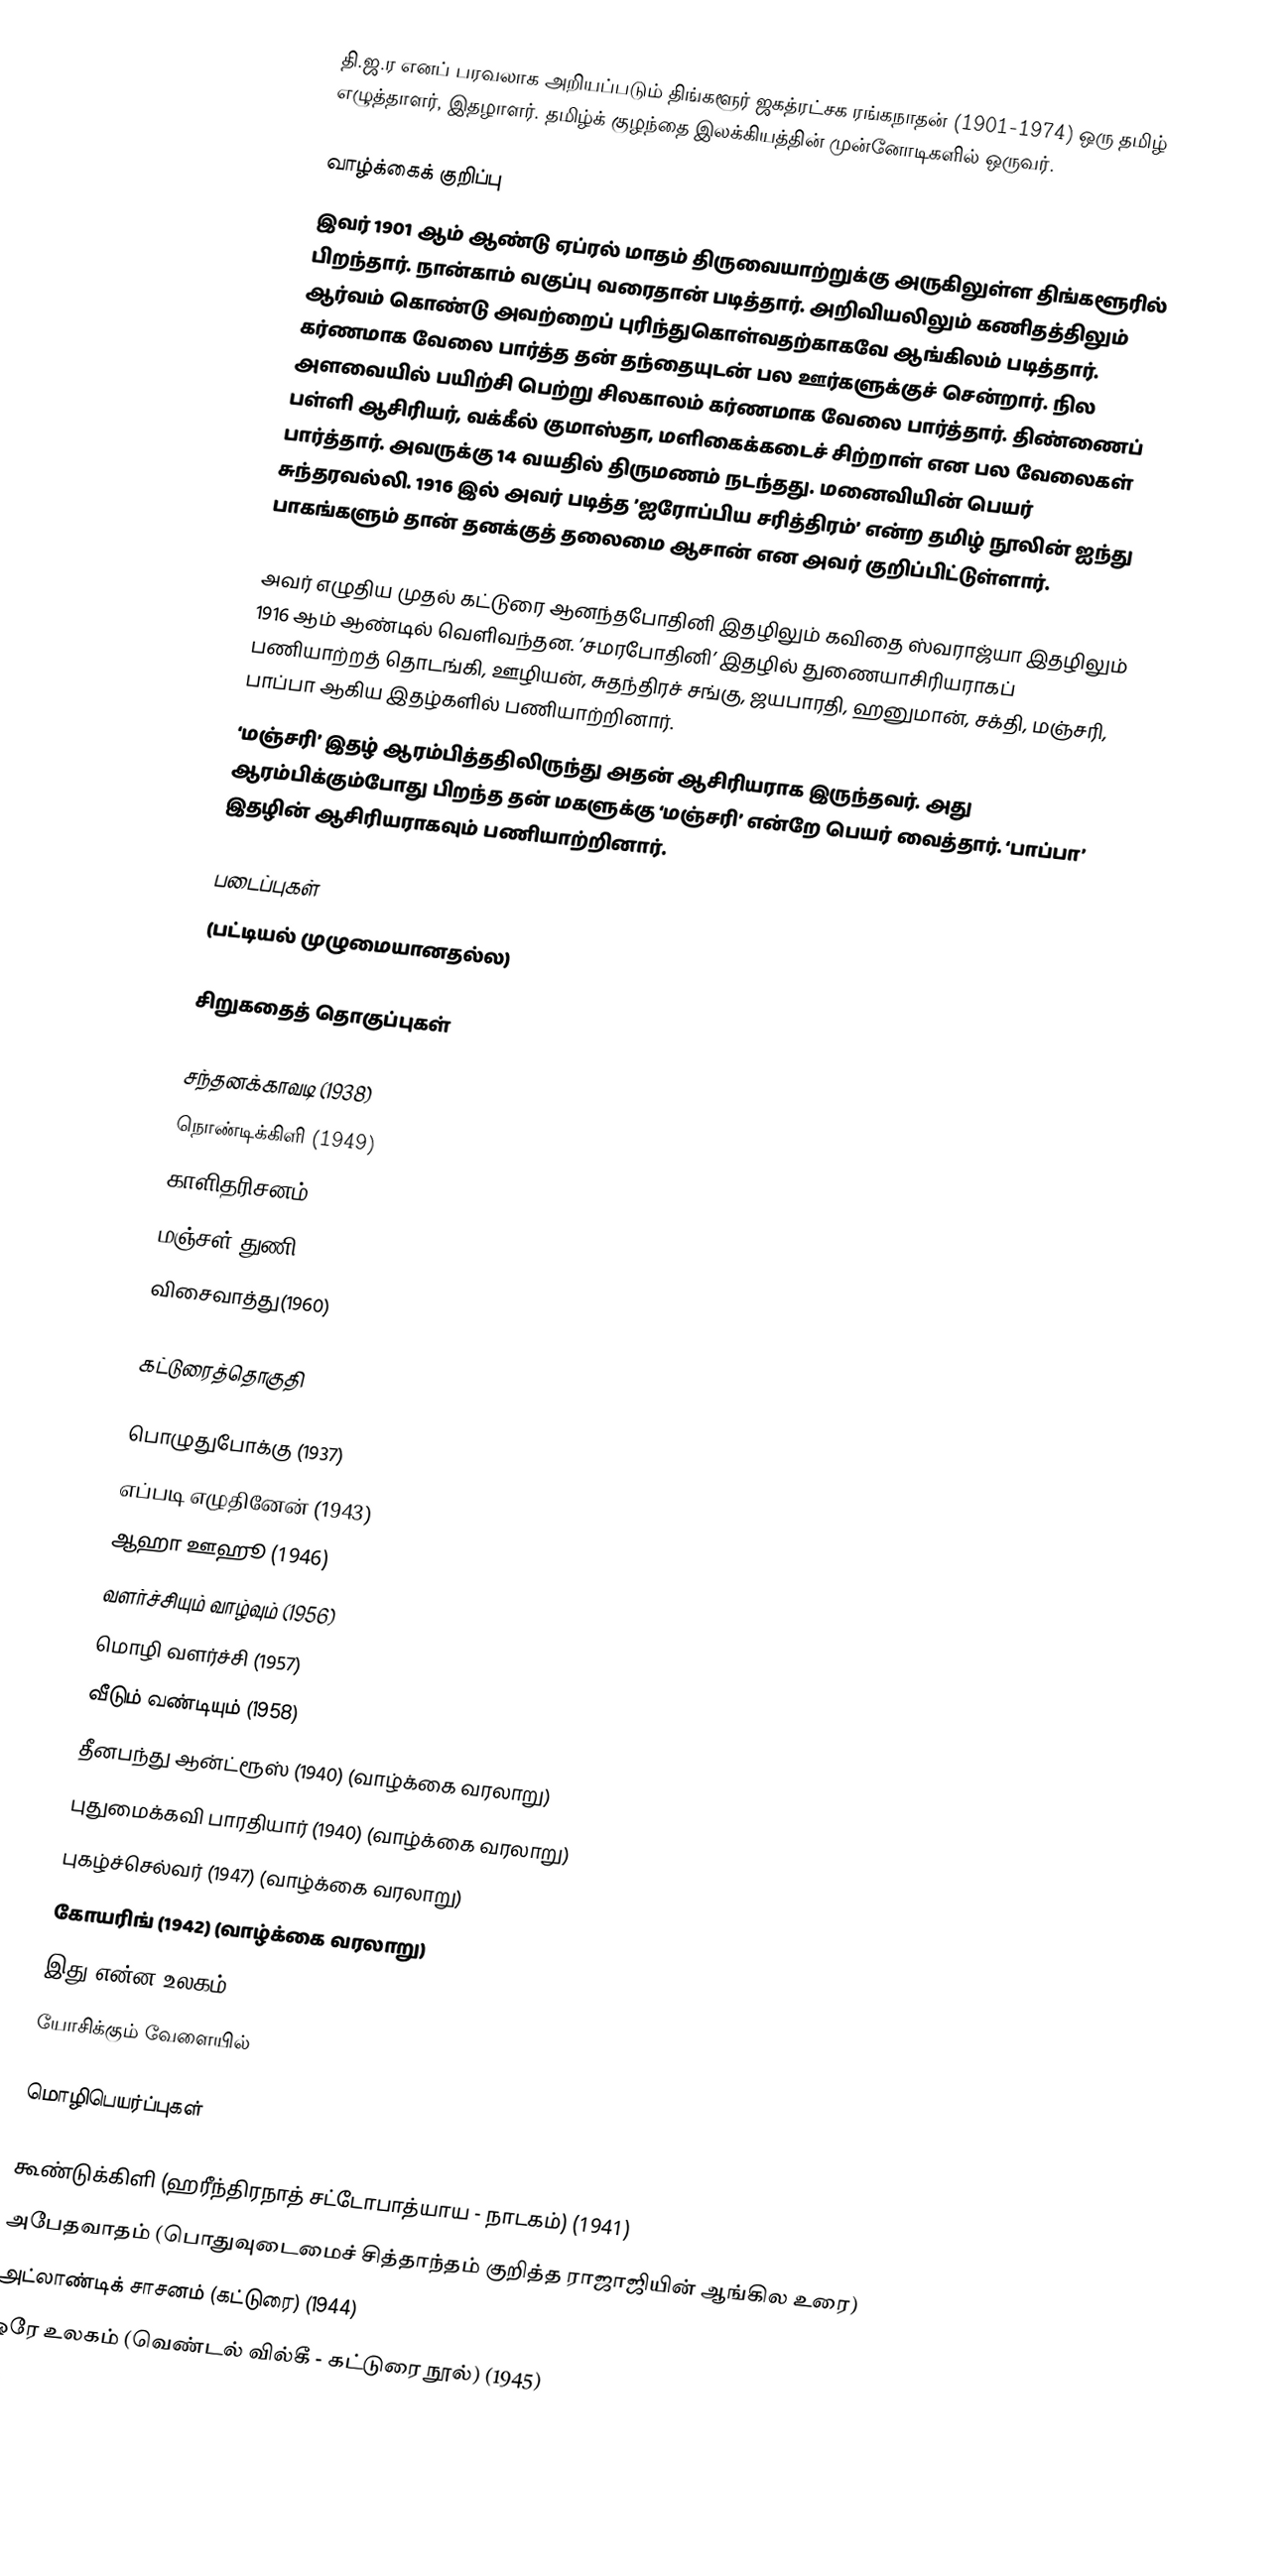
தி.ஜ.ர எனப் பரவலாக அறியப்படும் திங்களூர் ஜகத்ரட்சக ரங்கநாதன் (1901-1974) ஒரு தமிழ் எழுத்தாளர், இதழாளர். தமிழ்க் குழந்தை இலக்கியத்தின் முன்னோடிகளில் ஒருவர்.

வாழ்க்கைக் குறிப்பு
இவர் 1901 ஆம் ஆண்டு ஏப்ரல் மாதம் திருவையாற்றுக்கு அருகிலுள்ள திங்களூரில் பிறந்தார். நான்காம் வகுப்பு வரைதான் படித்தார். அறிவியலிலும் கணிதத்திலும் ஆர்வம் கொண்டு அவற்றைப் புரிந்துகொள்வதற்காகவே ஆங்கிலம் படித்தார். கர்ணமாக வேலை பார்த்த தன் தந்தையுடன் பல ஊர்களுக்குச் சென்றார். நில அளவையில் பயிற்சி பெற்று சிலகாலம் கர்ணமாக வேலை பார்த்தார். திண்ணைப் பள்ளி ஆசிரியர், வக்கீல் குமாஸ்தா, மளிகைக்கடைச் சிற்றாள் என பல வேலைகள் பார்த்தார். அவருக்கு 14 வயதில் திருமணம் நடந்தது. மனைவியின் பெயர் சுந்தரவல்லி. 1916 இல் அவர் படித்த ’ஐரோப்பிய சரித்திரம்’ என்ற தமிழ் நூலின் ஐந்து பாகங்களும் தான் தனக்குத் தலைமை ஆசான் என அவர் குறிப்பிட்டுள்ளார்.

அவர் எழுதிய முதல் கட்டுரை ஆனந்தபோதினி இதழிலும் கவிதை ஸ்வராஜ்யா இதழிலும் 1916 ஆம் ஆண்டில் வெளிவந்தன. ’சமரபோதினி’ இதழில் துணையாசிரியராகப் பணியாற்றத் தொடங்கி, ஊழியன், சுதந்திரச் சங்கு, ஜயபாரதி, ஹனுமான், சக்தி, மஞ்சரி, பாப்பா ஆகிய இதழ்களில் பணியாற்றினார்.
‘மஞ்சரி’ இதழ் ஆரம்பித்ததிலிருந்து அதன் ஆசிரியராக இருந்தவர். அது ஆரம்பிக்கும்போது பிறந்த தன் மகளுக்கு ‘மஞ்சரி’ என்றே பெயர் வைத்தார். ‘பாப்பா’ இதழின் ஆசிரியராகவும் பணியாற்றினார்.

படைப்புகள்
(பட்டியல் முழுமையானதல்ல)

சிறுகதைத் தொகுப்புகள்

 சந்தனக்காவடி (1938)
 நொண்டிக்கிளி (1949)
 காளிதரிசனம் (1951)
 மஞ்சள் துணி (1944)
 விசைவாத்து(1960)

கட்டுரைத்தொகுதி

 பொழுதுபோக்கு (1937)
 எப்படி எழுதினேன் (1943)
 ஆஹா ஊஹூ (1946)
 வளர்ச்சியும் வாழ்வும் (1956)
 மொழி வளர்ச்சி (1957)
 வீடும் வண்டியும் (1958)
 தீனபந்து ஆன்ட்ரூஸ் (1940) (வாழ்க்கை வரலாறு)
 புதுமைக்கவி பாரதியார் (1940) (வாழ்க்கை வரலாறு)
 புகழ்ச்செல்வர் (1947) (வாழ்க்கை வரலாறு)
 கோயரிங் (1942) (வாழ்க்கை வரலாறு)
 இது என்ன உலகம் (1950)
 யோசிக்கும் வேளையில்

மொழிபெயர்ப்புகள்

 கூண்டுக்கிளி (ஹரீந்திரநாத் சட்டோபாத்யாய - நாடகம்) (1941)
 அபேதவாதம் (பொதுவுடைமைச் சித்தாந்தம் குறித்த ராஜாஜியின் ஆங்கில உரை)
 அட்லாண்டிக் சாசனம் (கட்டுரை) (1944)
 ஒரே உலகம் (வெண்டல் வில்கீ - கட்டுரை நூல்) (1945)
 ல